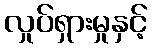
လှုပ်ရှားမှုနှင့်